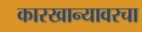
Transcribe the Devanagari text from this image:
कारखान्यावरचा